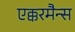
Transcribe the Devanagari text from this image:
एक्करमैन्स